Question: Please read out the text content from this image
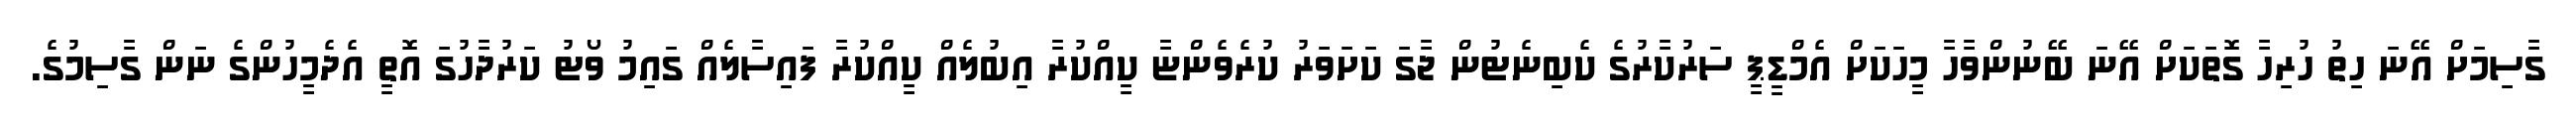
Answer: ގާސިމަށް އޭނަ ހިތު ހުރިހާ ގޮތަކަށް އޭނަ ބޭނުންވާހާ މީހަކަށް އެމްޑީޕީ ސަރުކާރުގެ ކެބިނެޓުން ޖާގަ ކަށަވަރު ކުރެވެންޏާ ކީއްކުރާ އިބުލެއް ކީއްކުރާ ފައިސާލެއް ގައިމު ވޯޓު ކަރުދާހުގަ އޮތީ އެދެމީހުންގެ ނަން ގާސިމުގެ.